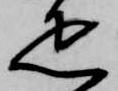
疋